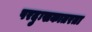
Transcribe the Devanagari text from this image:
परदुःखकातरता